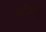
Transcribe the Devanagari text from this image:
स्टीफंस्